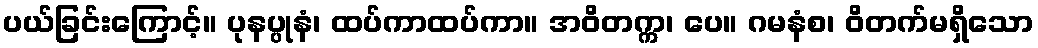
ပယ်ခြင်းကြောင့်။ ပုနပ္ပုနံ၊ ထပ်ကာထပ်ကာ။ အဝိတက္က၊ ပေ။ ဂမနံစ၊ ဝိတက်မရှိသော